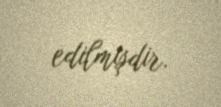
edilmişdir.